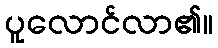
ပူလောင်လာ၏။